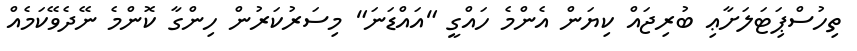
ތިހުސްޕިަޓަލަށާޢި ބުރިޖައް ކިޔަން އެންމެ ހައްގީ "އައްޑަނަ" މިސަރުކަރުން ހިންގާ ކޮންމެ ނޭދެވޭކަމެއް